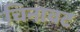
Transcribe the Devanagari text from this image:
चिनावट